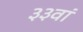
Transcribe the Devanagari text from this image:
३३वां